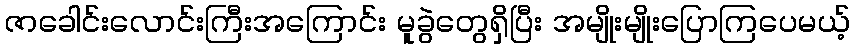
ဇာခေါင်းလောင်းကြီးအကြောင်း မူခွဲတွေရှိပြီး အမျိုးမျိုးပြောကြပေမယ့်